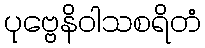
ပုဗ္ဗေနိဝါသစရိတံ